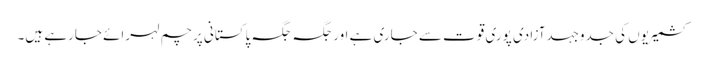
کشمیریوں کی جدوجہدآزادی پوری قوت سے جاری ہے اورجگہ جگہ پاکستانی پرچم لہرائے جارہے ہیں۔